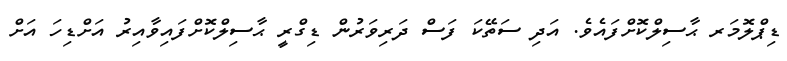
ޑިޕްލޮމަރ ޙާސިލްކޮށްފައެވެ. އަދި ސަތޭކަ ފަސް ދަރިވަރުން ޑިގްރީ ޙާސިލްކޮށްފައިވާއިރު އަށްޑިހަ އަށް